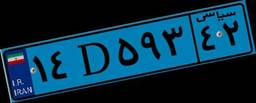
۳۷D۷۰۰۸۹